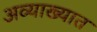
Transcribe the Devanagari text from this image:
अव्याख्यात